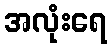
အလုံးရေ